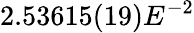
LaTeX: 2.53615(19)E^{-2}